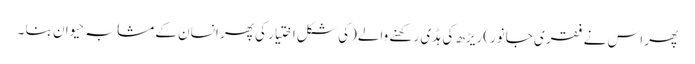
پھر اس نے فقری جانور)ریڑھ کی ہڈی رکھنے والے(کی شکل اختیار کی پھر انسان کے مشابہ حیوان بنا ۔